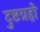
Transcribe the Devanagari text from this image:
दुष्टग्रहो